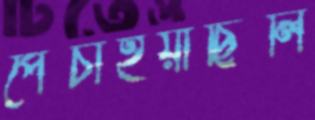
পেঁচাইয়াছিলি